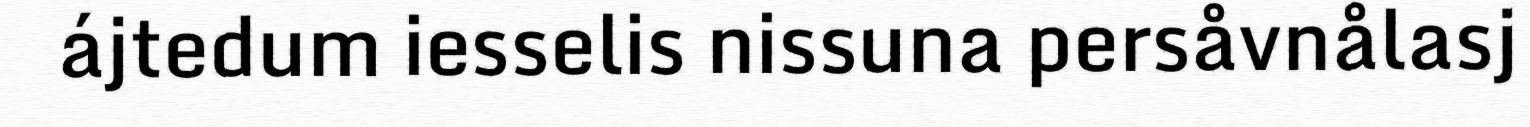
ájtedum iesselis nissuna persåvnålasj